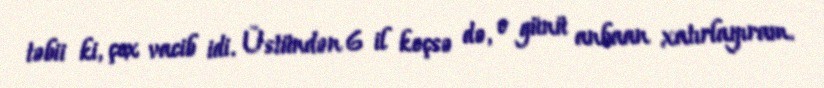
təbii ki, çox vacib idi. Üstündən 6 il keçsə də, o günü anbaan xatırlayıram.